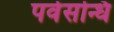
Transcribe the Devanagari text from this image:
पर्वसन्धि